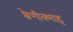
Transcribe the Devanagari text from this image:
श्रेणीक्भाइ